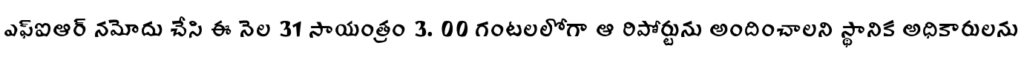
ఎఫ్ఐఆర్ నమోదు చేసి ఈ నెల 31 సాయంత్రం 3. 00 గంటలలోగా ఆ రిపోర్టును అందించాలని స్థానిక అధికారులను